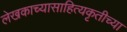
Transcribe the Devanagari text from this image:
लेखकाच्यासाहित्यकृतीच्या